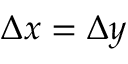
\Delta x = \Delta y